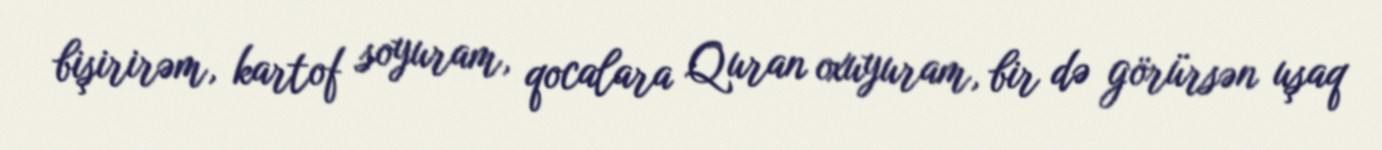
bişirirəm, kartof soyuram, qocalara Quran oxuyuram, bir də görürsən uşaq